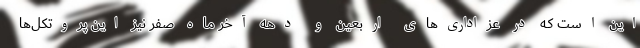
این است که در عزاداری‌های اربعین و دهه آخر ماه صفر نیز این پروتکل‌ها